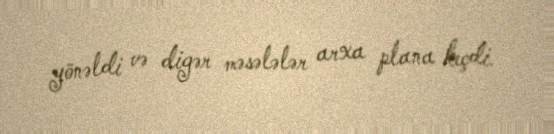
yönəldi və digər məsələlər arxa plana keçdi.